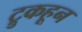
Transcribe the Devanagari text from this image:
ट्रुकहून